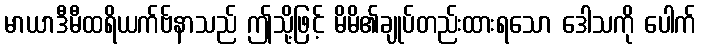
မာယာဒီမီထရိယက်ဗ်နာသည် ဤသို့ဖြင့် မိမိ၏ချုပ်တည်းထားရသော ဒေါသကို ပေါက်